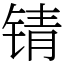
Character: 锖